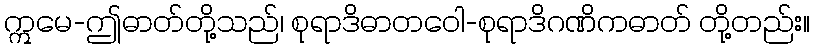
ဣမေ-ဤဓာတ်တို့သည်၊ စုရာဒိဓာတဝေါ-စုရာဒိဂဏိကဓာတ် တို့တည်း။